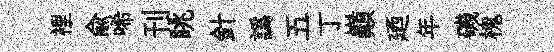
裡俞唏刊眺針譌五丁巔廼年磯槐